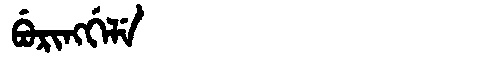
Manchu: ᠪᡠᡵᡳᠩᡤᡝᠯᡝ
Romanization: BURINGGELE